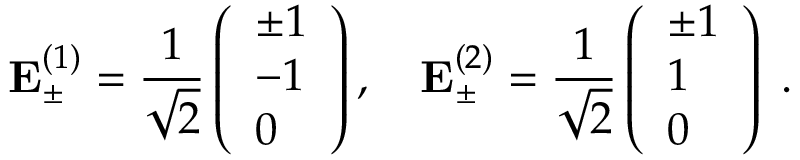
\mathbf { E } _ { \pm } ^ { ( 1 ) } = \frac { 1 } { \sqrt { 2 } } \left( \begin{array} { l } { \pm 1 } \\ { - 1 } \\ { 0 } \end{array} \right) , \quad \mathbf { E } _ { \pm } ^ { ( 2 ) } = \frac { 1 } { \sqrt { 2 } } \left( \begin{array} { l } { \pm 1 } \\ { 1 } \\ { 0 } \end{array} \right) \; .